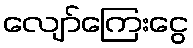
လျော်ကြေးငွေ